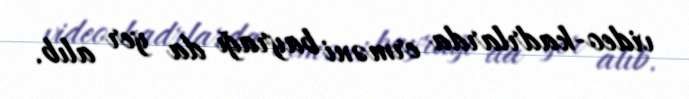
video-kadrlarda erməni bayrağı da yer alıb.